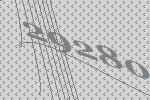
29280